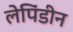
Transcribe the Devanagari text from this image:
लेपिंडीन